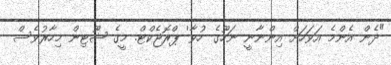
"ދެން އެންމެ އަވަހަށް އިންނާނީ ނަހޫގެ 'ހުވާ' ޕްރޮޖެކްޓް. މީގެ ޝޫޓިން މިހާރުވެސް